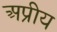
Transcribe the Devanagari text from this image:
अप्रीय